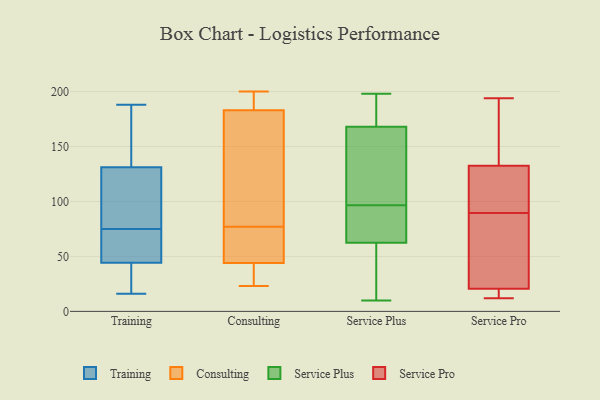
{"axis": {"x": "Gross Profit (USD K)", "y": "Value"}, "legend": ["Consulting", "Service Plus", "Service Pro", "Training"], "data": [{"x": "", "y": 168, "type": "Training"}, {"x": "", "y": 21, "type": "Training"}, {"x": "", "y": 73, "type": "Training"}, {"x": "", "y": 16, "type": "Training"}, {"x": "", "y": 100, "type": "Training"}, {"x": "", "y": 123, "type": "Training"}, {"x": "", "y": 57, "type": "Training"}, {"x": "", "y": 45, "type": "Training"}, {"x": "", "y": 53, "type": "Training"}, {"x": "", "y": 188, "type": "Training"}, {"x": "", "y": 75, "type": "Training"}, {"x": "", "y": 138, "type": "Training"}, {"x": "", "y": 42, "type": "Training"}, {"x": "", "y": 119, "type": "Training"}, {"x": "", "y": 129, "type": "Training"}, {"x": "", "y": 37, "type": "Training"}, {"x": "", "y": 174, "type": "Training"}, {"x": "", "y": 191, "type": "Consulting"}, {"x": "", "y": 23, "type": "Consulting"}, {"x": "", "y": 44, "type": "Consulting"}, {"x": "", "y": 84, "type": "Consulting"}, {"x": "", "y": 70, "type": "Consulting"}, {"x": "", "y": 46, "type": "Consulting"}, {"x": "", "y": 25, "type": "Consulting"}, {"x": "", "y": 178, "type": "Consulting"}, {"x": "", "y": 68, "type": "Consulting"}, {"x": "", "y": 196, "type": "Consulting"}, {"x": "", "y": 200, "type": "Consulting"}, {"x": "", "y": 44, "type": "Consulting"}, {"x": "", "y": 142, "type": "Consulting"}, {"x": "", "y": 183, "type": "Consulting"}, {"x": "", "y": 176, "type": "Service Plus"}, {"x": "", "y": 91, "type": "Service Plus"}, {"x": "", "y": 50, "type": "Service Plus"}, {"x": "", "y": 180, "type": "Service Plus"}, {"x": "", "y": 198, "type": "Service Plus"}, {"x": "", "y": 134, "type": "Service Plus"}, {"x": "", "y": 119, "type": "Service Plus"}, {"x": "", "y": 27, "type": "Service Plus"}, {"x": "", "y": 95, "type": "Service Plus"}, {"x": "", "y": 167, "type": "Service Plus"}, {"x": "", "y": 75, "type": "Service Plus"}, {"x": "", "y": 98, "type": "Service Plus"}, {"x": "", "y": 20, "type": "Service Plus"}, {"x": "", "y": 10, "type": "Service Plus"}, {"x": "", "y": 90, "type": "Service Plus"}, {"x": "", "y": 47, "type": "Service Plus"}, {"x": "", "y": 169, "type": "Service Plus"}, {"x": "", "y": 128, "type": "Service Plus"}, {"x": "", "y": 81, "type": "Service Plus"}, {"x": "", "y": 191, "type": "Service Plus"}, {"x": "", "y": 98, "type": "Service Pro"}, {"x": "", "y": 100, "type": "Service Pro"}, {"x": "", "y": 165, "type": "Service Pro"}, {"x": "", "y": 94, "type": "Service Pro"}, {"x": "", "y": 194, "type": "Service Pro"}, {"x": "", "y": 20, "type": "Service Pro"}, {"x": "", "y": 85, "type": "Service Pro"}, {"x": "", "y": 21, "type": "Service Pro"}, {"x": "", "y": 18, "type": "Service Pro"}, {"x": "", "y": 191, "type": "Service Pro"}, {"x": "", "y": 31, "type": "Service Pro"}, {"x": "", "y": 12, "type": "Service Pro"}]}